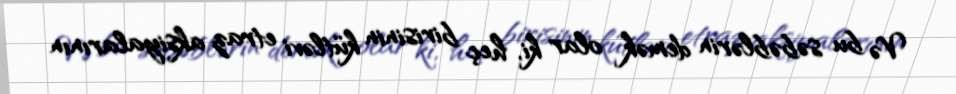
Və bu səbəblərin demək olar ki, heç birisinin kütləvi etraz aksiyalarının